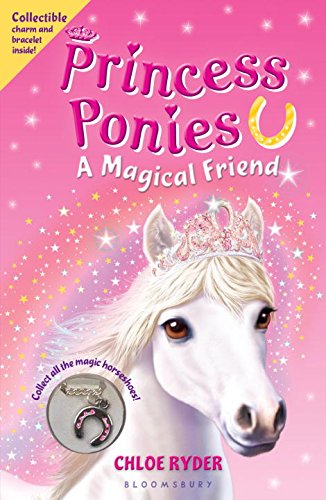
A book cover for Princess Ponies 1: A Magical Friend; Chloe Ryder; Children's Books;